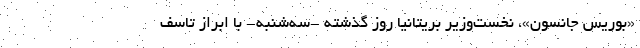
«بوریس جانسون»، نخست‌وزیر بریتانیا روز گذشته -‌سه‌شنبه- با ابراز تاسف